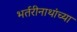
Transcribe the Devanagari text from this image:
भर्तरीनाथांच्या